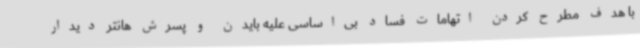
با هدف مطرح کردن اتهامات فساد بی‌اساسی علیه بایدن و پسرش هانتر دیدار